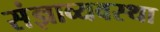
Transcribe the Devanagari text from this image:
संज्ञाव्यवस्था